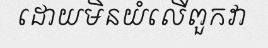
ដោយមិនយំលើពួកវា